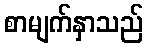
စာမျက်နှာသည်